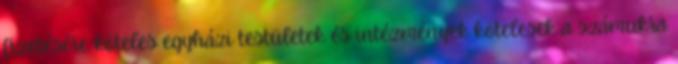
fizetésére köteles egyházi testületek és intézmények kötelesek a számukra